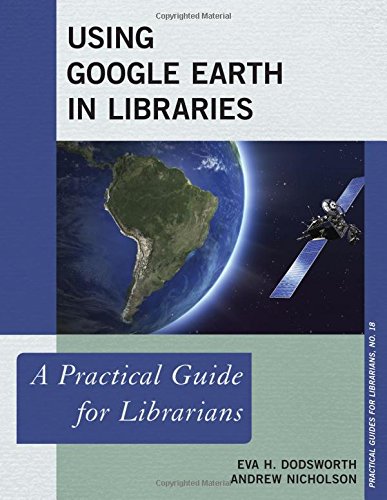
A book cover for Using Google Earth in Libraries: A Practical Guide for Librarians (Practical Guides for Librarians); Eva H. Dodsworth; Politics & Social Sciences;